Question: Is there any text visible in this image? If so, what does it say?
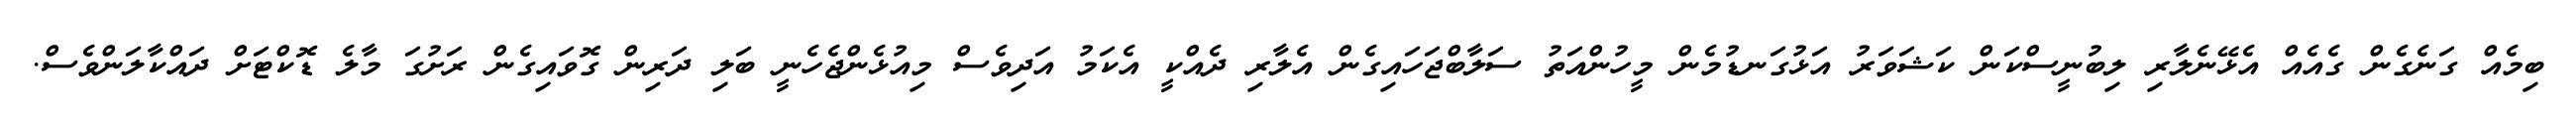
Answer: ބިމެއް ގަނެގެން ގެއެއް އެޅޭނެލާރި ލިބުނީސްކަން ކަޝަވަރު އަޅުގަނޑުމެން މީހުންއަތު ސަލާބްޖަހައިގެން އެލާރި ދެއްކީ އެކަމު އަދިވެސް މިއުޅެންޖެހެނީ ބަލި ދަރިން ގޮވައިގެން ރަށުގަ މާލެ ޑޮކްޓަށް ދައްކާލަންވެސް.